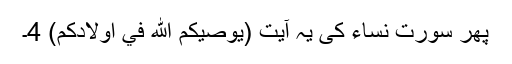
پھر سورت نساء کی یہ آیت (يُوْصِيْكُمُ اللّٰهُ فِيْ اَوْلَادِكُمْ) 4۔